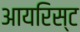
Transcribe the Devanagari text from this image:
आयरिस्ट